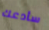
سأدعك